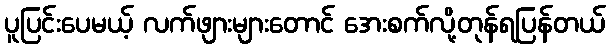
ပူပြင်းပေမယ့် လက်ဖျားများတောင် အေးစက်လို့တုန်ရပြန်တယ်